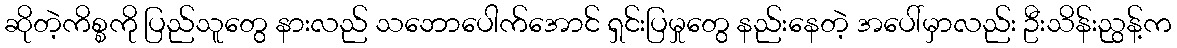
ဆိုတဲ့ကိစ္စကို ပြည်သူတွေ နားလည် သဘောပေါက်အောင် ရှင်းပြမှုတွေ နည်းနေတဲ့ အပေါ်မှာလည်း ဦးသိန်းညွန့်က